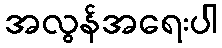
အလွန်အရေးပါ